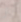
بتر